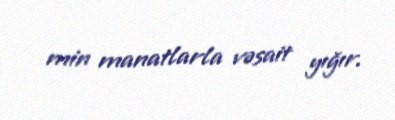
min manatlarla vəsait yığır.